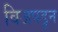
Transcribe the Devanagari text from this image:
विजपडून